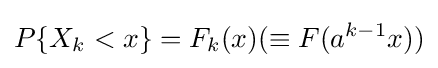
P\{X_{k}<x\}=F_{k}(x)(\equiv F(a^{k-1}x))